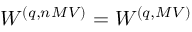
W ^ { ( q , n M V ) } = W ^ { ( q , M V ) }